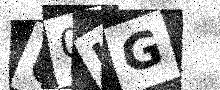
Text: U0LG